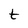
Character: t